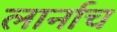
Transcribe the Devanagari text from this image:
लार्नाच